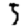
Digit: 5